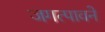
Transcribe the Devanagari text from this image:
जगत्पावने